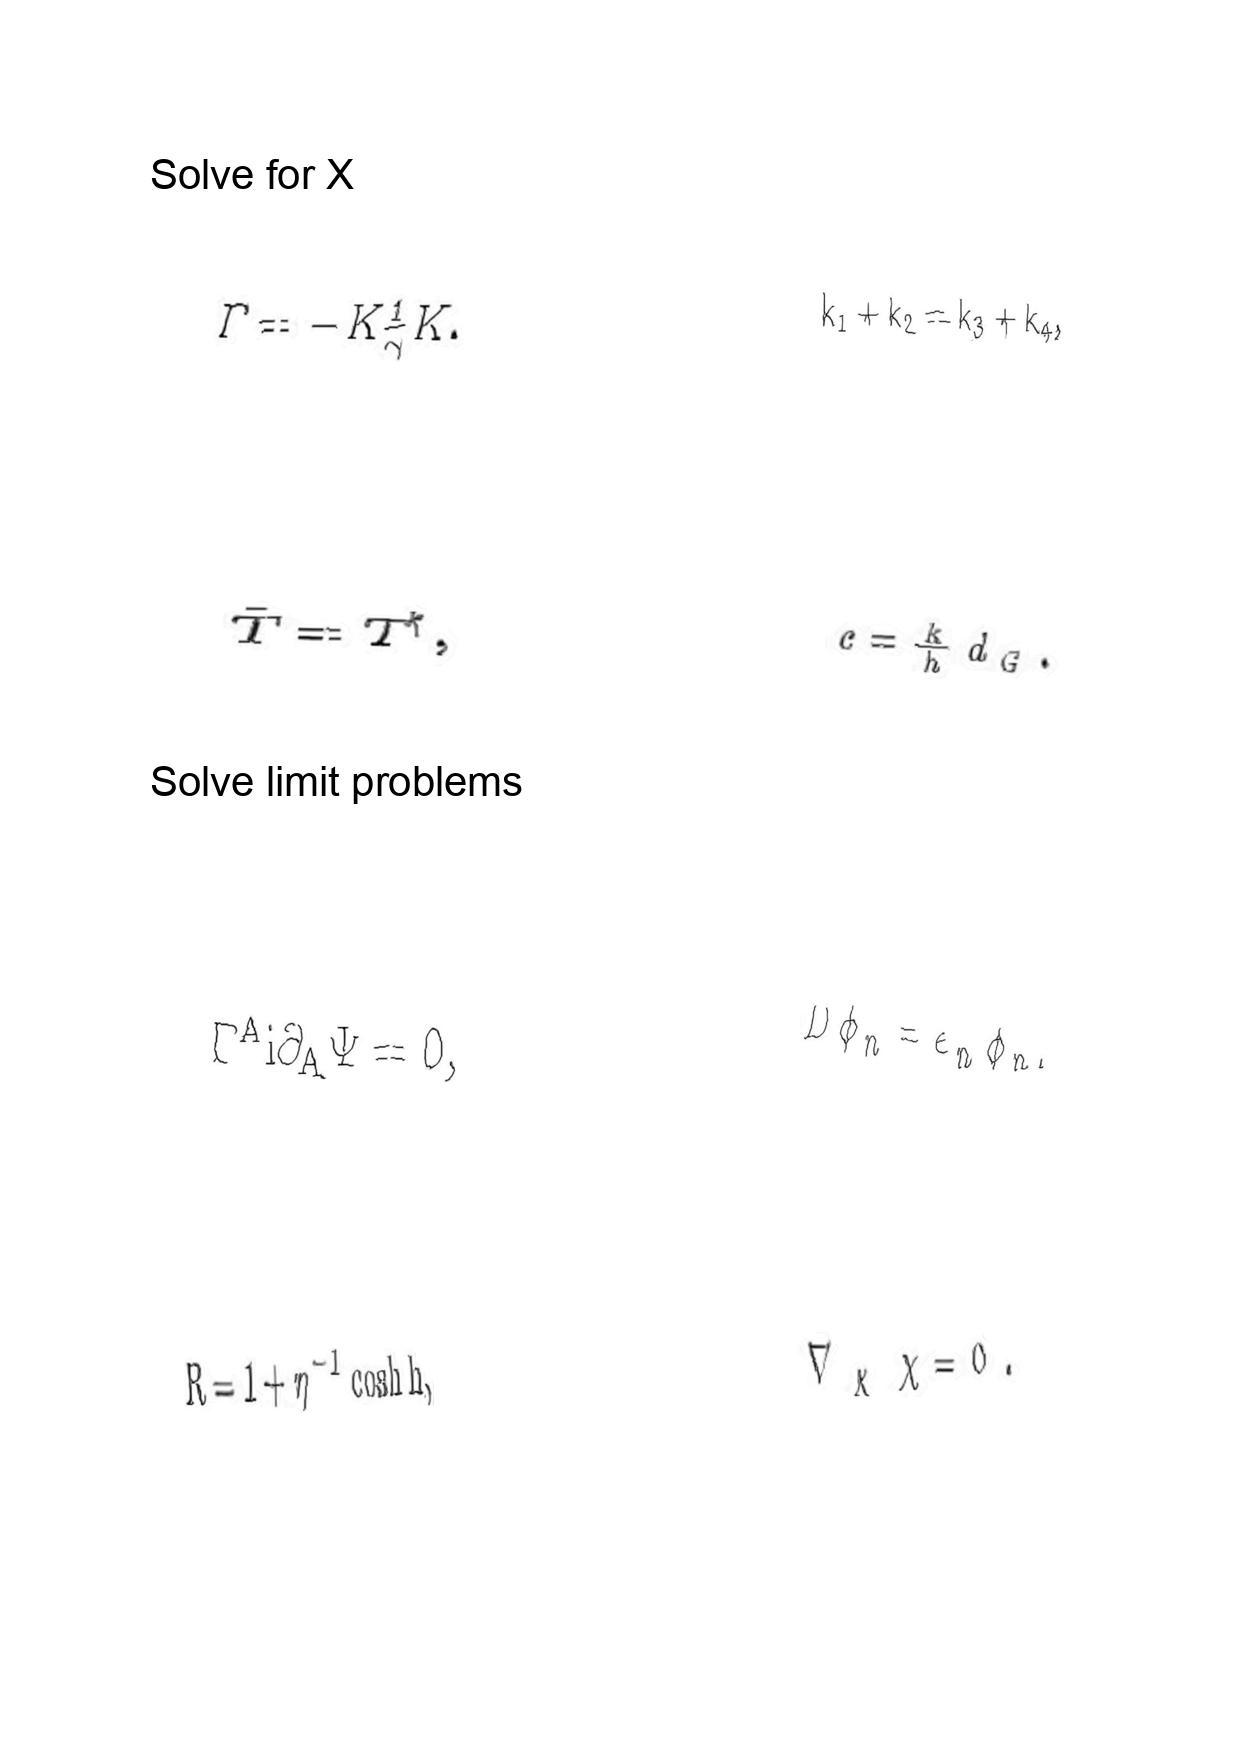
LaTeX transcription:
\Gamma = - K \frac { 1 } { \gamma } K .
\bar { T } = T ^ { \dagger } ,
\Gamma ^ { A } i \partial _ { A } \Psi = 0 ,
R = 1 + \eta ^ { - 1 } \cosh h ,
k _ { 1 } + k _ { 2 } = k _ { 3 } + k _ { 4 } ,
c = \frac { k } { h } d _ { G } .
D \phi _ { n } = \epsilon _ { n } \phi _ { n } ,
\nabla _ { \chi } \chi = 0 .